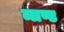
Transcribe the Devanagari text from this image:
ब्लण्ड